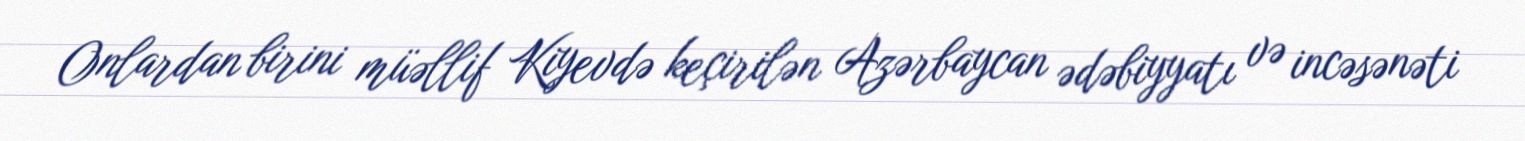
Onlardan birini müəllif Kiyevdə keçirilən Azərbaycan ədəbiyyatı və incəsənəti